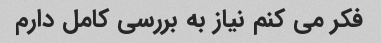
فکر می کنم نیاز به بررسی کامل دارم